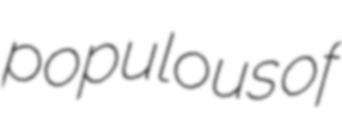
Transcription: populous of